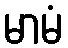
မာမံ